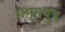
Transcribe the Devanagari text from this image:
अमृतपुत्र